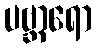
ပဗ္ဘာရော